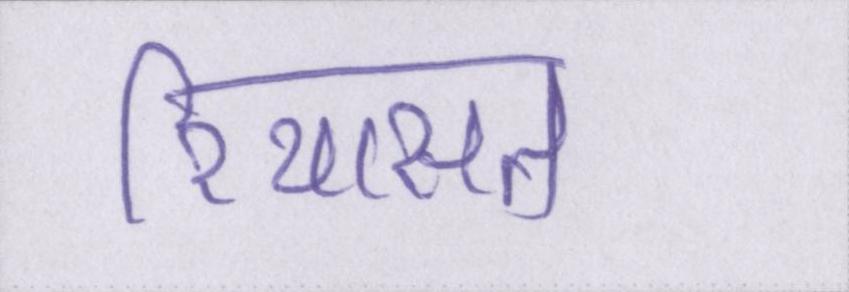
रियासत